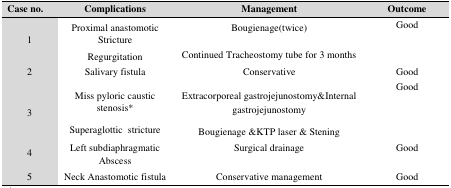
<table><thead><tr><td><b>Case no.</b></td><td><b>Complications</b></td><td><b>Management</b></td><td><b>Outcome</b></td></tr></thead><tbody><tr><td>1</td><td>Proximal anastomotic StrictureRegurgitation</td><td>Bougienage(twice)Continued Tracheostomy tube for 3 months</td><td>Good</td></tr><tr><td>2</td><td>Salivary fistula</td><td><b>Conservative</b></td><td>Good</td></tr><tr><td>3</td><td>Miss pyloric caustic stenosis*Superaglottic stricture</td><td>Extracorporeal gastrojejunostomy&amp;InternalgastrojejunostomyBougienage &amp;KTP laser &amp; Stening</td><td>Good</td></tr><tr><td>4</td><td>Left subdiaphragmaticAbscess</td><td>Surgical drainage</td><td>Good</td></tr><tr><td>5</td><td>Neck Anastomotic fistula</td><td>Conservative management</td><td>Good</td></tr></tbody></table>